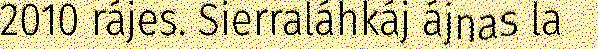
2010 rájes. Sierraláhkáj ájnas la